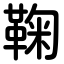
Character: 鞠